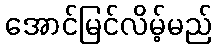
အောင်မြင်လိမ့်မည်